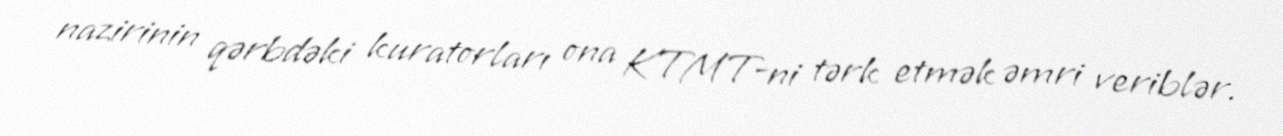
nazirinin qərbdəki kuratorları ona KTMT-ni tərk etmək əmri veriblər.